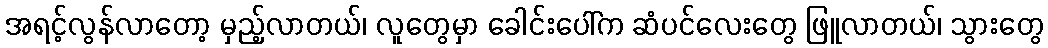
အရင့်လွန်လာတော့ မှည့်လာတယ်၊ လူတွေမှာ ခေါင်းပေါ်က ဆံပင်လေးတွေ ဖြူလာတယ်၊ သွားတွေ